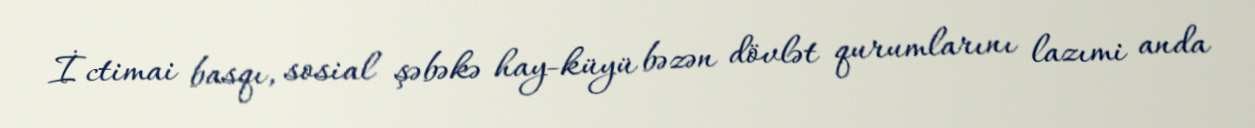
İctimai basqı, sosial şəbəkə hay-küyü bəzən dövlət qurumlarını lazımi anda